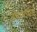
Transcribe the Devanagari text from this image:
बंधांमधील